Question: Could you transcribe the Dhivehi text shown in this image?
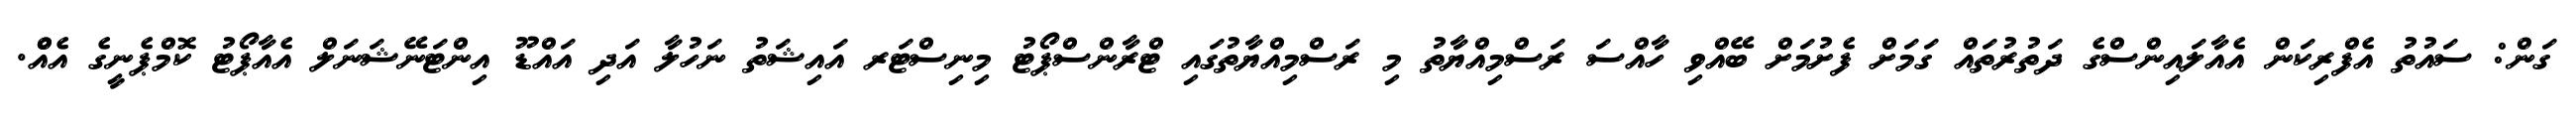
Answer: ގަން: ސައުތު އެފްރިކަން އެއާލައިންސްގެ ދަތުރުތައް ގަމަށް ފެށުމަށް ބޭއްވި ހާއްސަ ރަސްމިއްޔާތު މި ރަސްމިއްޔާތުގައި ޓްރާންސްޕޯޓު މިނިސްޓަރ އައިޝަތު ނަހުލާ އަދި އައްޑޫ އިންޓަނޭޝަނަލް އެއާޕޯޓު ކޮމްޕެނީގެ އެއްް.